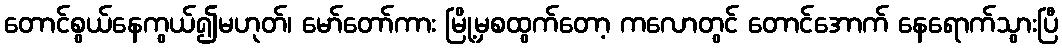
တောင်စွယ်နေကွယ်၍မဟုတ်၊ မော်တော်ကား မြို့မှစထွက်တော့ ကလောတွင် တောင်အောက် နေရောက်သွားပြီ